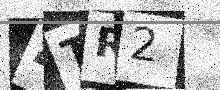
Text: 4TR2